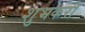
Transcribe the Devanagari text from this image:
शुभकरी